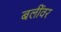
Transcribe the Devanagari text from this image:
बलींवर